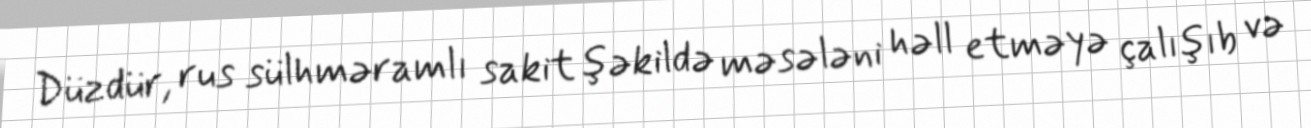
Düzdür, rus sülhməramlı sakit şəkildə məsələni həll etməyə çalışıb və